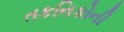
તકનિકોની